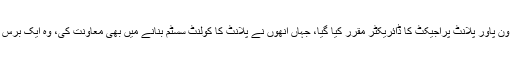
1980 میں سلطان بشیر محمود کو خوشاب ون پاور پلانٹ پراجیکٹ کا ڈائریکٹر مقرر کیا گیا، جہاں انھوں نے پلانٹ کا کولنٹ سسٹم بنانے میں بھی معاونت کی، وہ ایک برس تک نیوکلیئر پاور ڈویژن کے سربراہ رہے۔